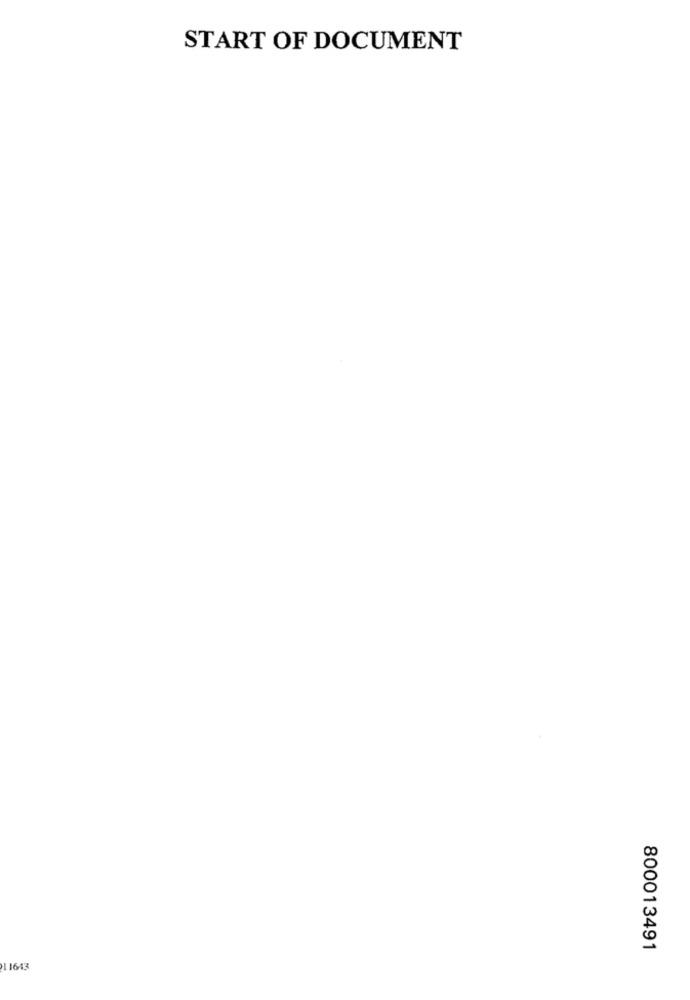
START OF DOCUMENT
800013491
11643